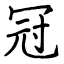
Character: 冠